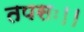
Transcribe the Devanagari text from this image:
तपसः।।